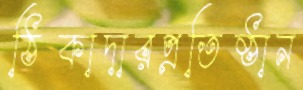
ঠিকাদারপ্রতিষ্ঠান